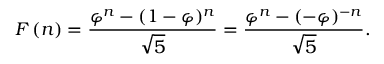
F \left( n \right) = { \frac { \varphi ^ { n } - ( 1 - \varphi ) ^ { n } } { \sqrt { 5 } } } = { \frac { \varphi ^ { n } - ( - \varphi ) ^ { - n } } { \sqrt { 5 } } } .